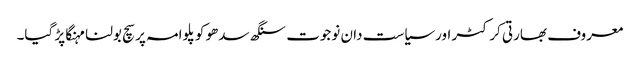
معروف بھارتی کرکٹر اورسیاست دان نوجوت سنگھ سدھو کو پلوامہ پر سچ بولنا مہنگا پڑ گیا۔